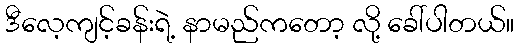
ဒီလေ့ကျင့်ခန်းရဲ့ နာမည်ကတော့ လို့ ခေါ်ပါတယ်။